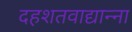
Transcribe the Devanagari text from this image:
दहशतवाद्यान्ना